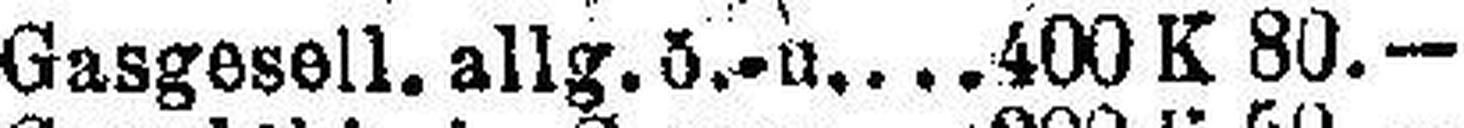
Gasgesell. allg. ö.-u. 400 K 80.—